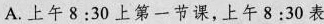
A.上午8:30上第一节课，上午8:30表